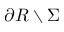
\partial R \setminus \Sigma